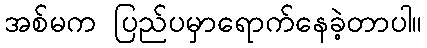
အစ်မက ပြည်ပမှာရောက်နေခဲ့တာပါ။